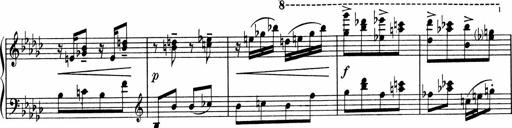
Title: Sonatine pour piano
Composer: Albert Roussel